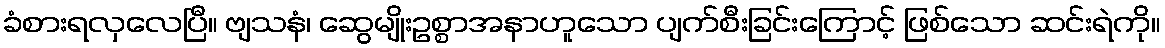
ခံစားရလှလေပြီ။ ဗျသနံ၊ ဆွေမျိုးဥစ္စာအနာဟူသော ပျက်စီးခြင်းကြောင့် ဖြစ်သော ဆင်းရဲကို။